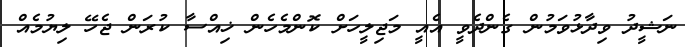
ނަޝީދު ވިދާޅުވަމުން ގެންދެވީ އެއީ މަޖިލީހަށް ކޮންމެހެން ޚިއްސާ ކުރަން ޖެހޭ ލިޔުމެއް